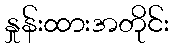
နှုန်းထားအတိုင်း